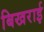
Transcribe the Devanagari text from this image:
बिखराई